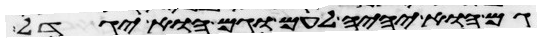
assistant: גם הוא יהיה לעם וגם הוא יגדל